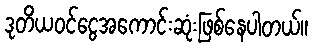
ဒုတိယဝင်ငွေအကောင်းဆုံးဖြစ်နေပါတယ်။